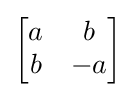
{\begin{bmatrix}a&b\\b&-a\end{bmatrix}}